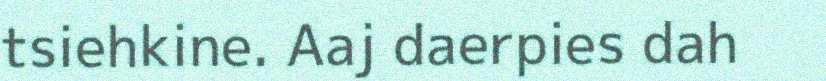
tsiehkine. Aaj daerpies dah